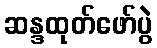
ဆန္ဒထုတ်ဖော်ပွဲ